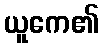
ယူကေ၏